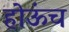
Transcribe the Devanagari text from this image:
होऊंच